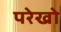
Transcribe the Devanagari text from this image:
परेखो